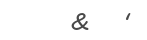
&   '